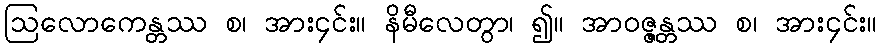
ဩလောကေန္တဿ စ၊ အား၄င်း။ နိမီလေတွာ၊ ၍။ အာဝဇ္ဇန္တဿ စ၊ အား၄င်း။